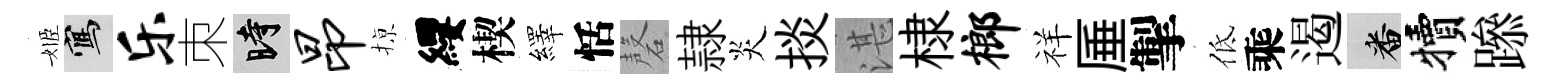
姬寫乐朿时昂𢱊纓楔繹恬磬隷炎掞湛棣榔祥厜掣低乘遏番犢𨅶